Bréfritari: Malene Jensdóttir
Viðtakandi: Páll Pálsson
Dagsetning: A-1821-01-12
Skrifað á: Hallfreðarstöðum  N-Múl.

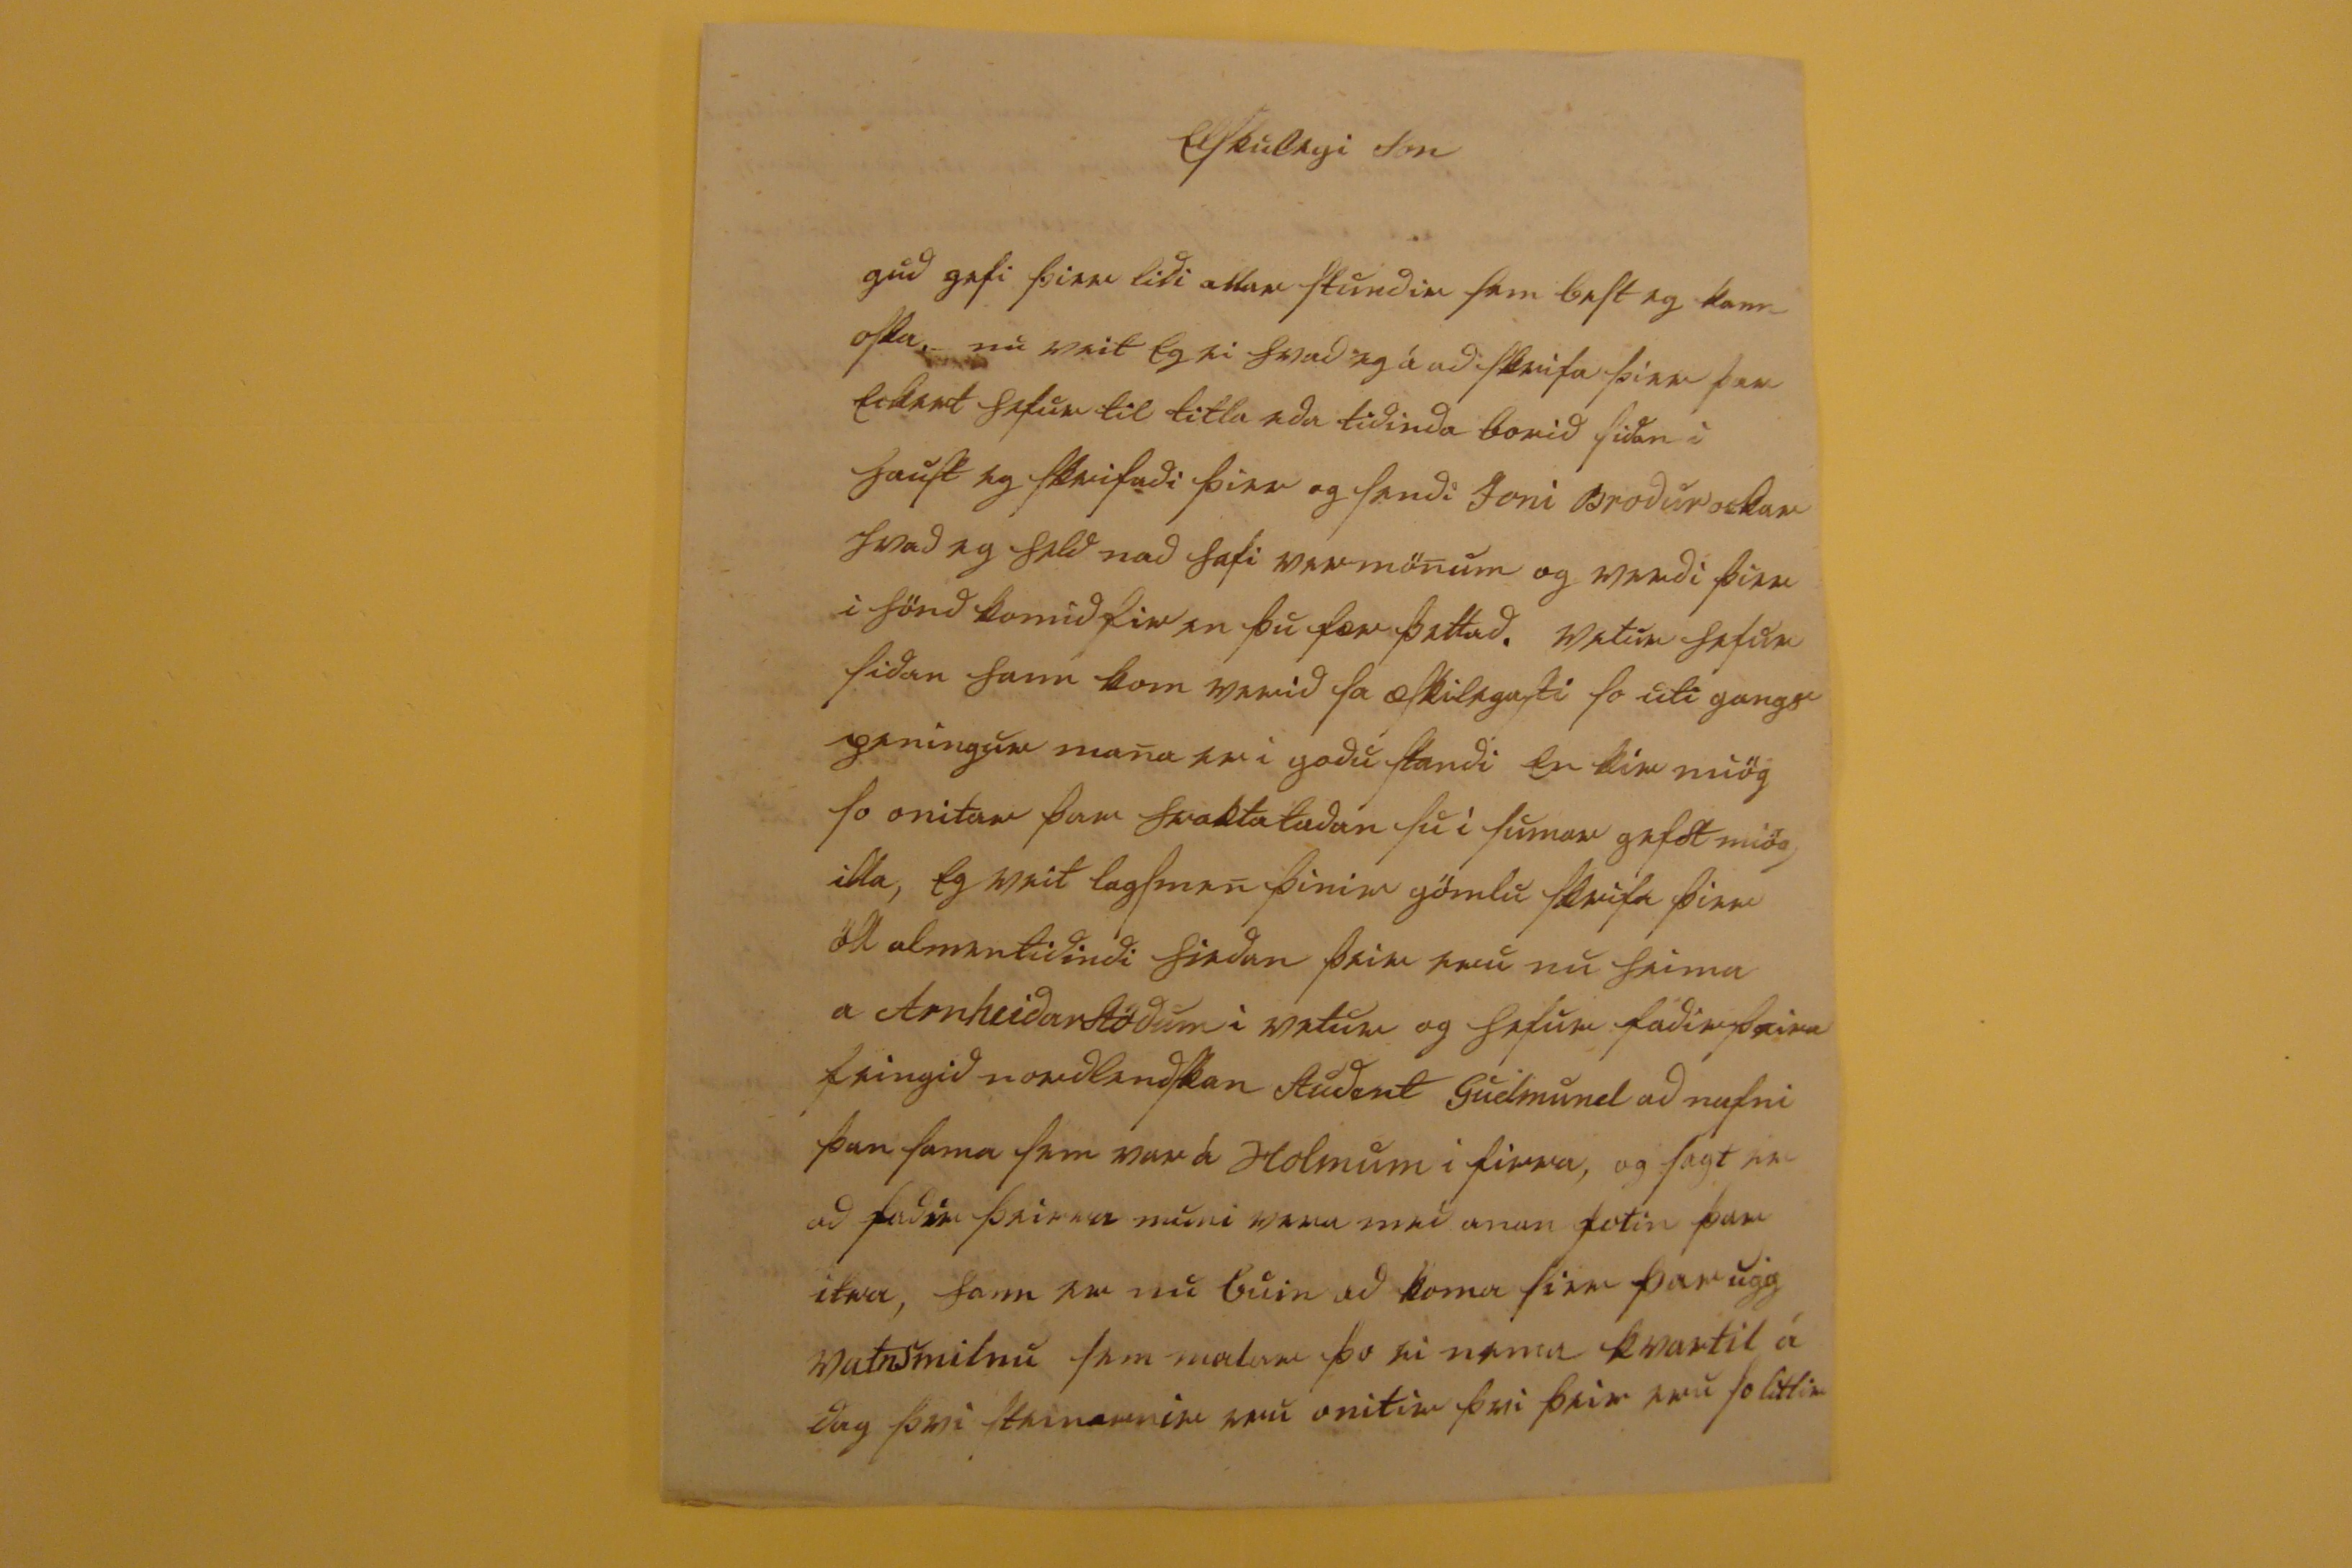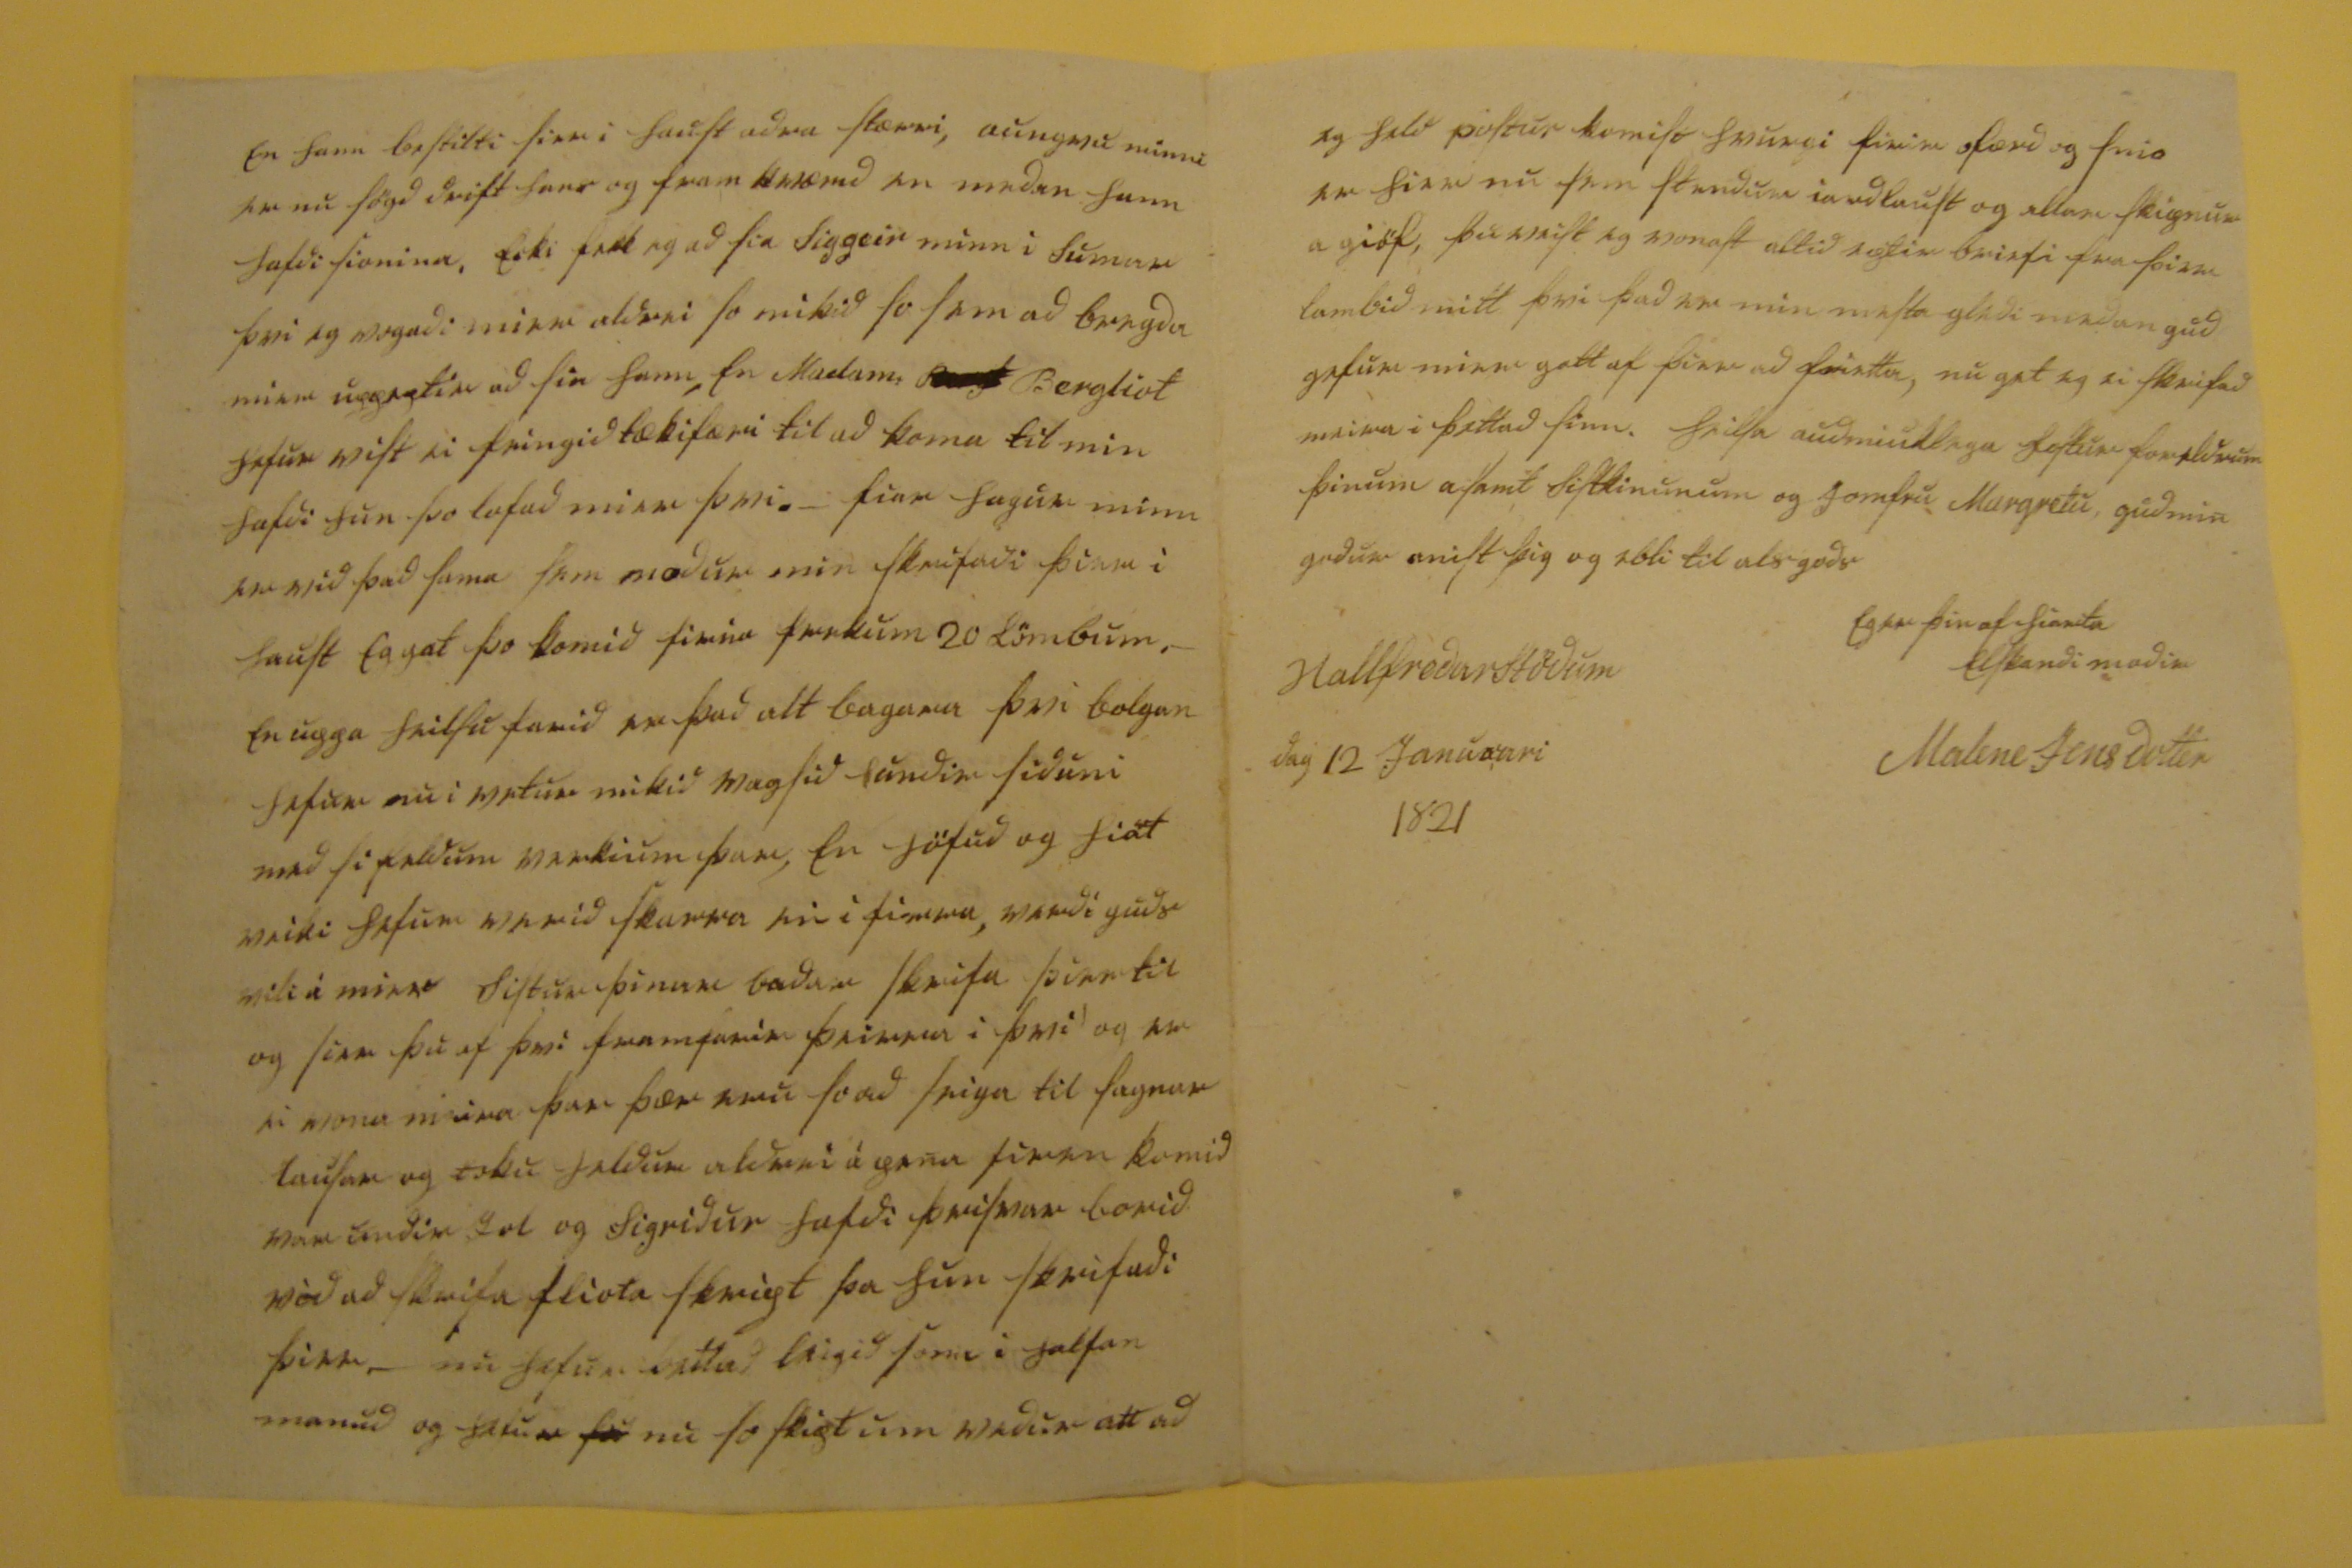

elskulegi son
guð gefi þier liði allar stundir sem best eg kann oska nu veit eg ei hvað eg á að skrifa þier þar eckert hefur til titla eða tiðinda borið siðan i haust eg skrifaði þier og sendi Joni Broður ockar hvað eg held nað hafi
varmönum
og verði þier i hönd komið fir en þu fær þettað. vetur hefur siðan hann kom verið sa æskilegasti so uti gangs peningur mana er i goðu standi en kir miög so onitar
þar 000kta00ðan
su i sumar gafst miög illa, eg veit lagsmen þinir gömlu skrifa þier öll almentiðindi hieðan þeir eru nu heima a Arnheiðarstöðum i vetur og hefur faðir þeira feingið norðlendskan Student Gudmund að nafni þan sama sem var á Holmum i firra, og sagt var að faðir þeirra muni vera með anan fotin þar itra, hann er nu buin að koma sier þar upp vatnsmilnu sem
malar
þo ei nema kvartil á dag þvi steinarnir eru onitir þvi þeir eru so litlir
en hann
bestilti
firr i haust aðra stærri, aungvu minni er nu sögð drift hans og framkvæmd en meðan hann hafði sionina, ecki fekk eg að sia Siggeir minn i sumar þvi eg vogaði mier aldrei so mikið so sem að bregða mier uppeptir að sia hann, en Madama
0000
Bergliot hefur vist ei feingið tækifæri til að koma til min hafði hun þo lofað mier þvi. - fiar hagur minn er við það sama og moður min skrifaði þier i haust eg gat þo komið firir 0000um 20 lömbum. - en uppa heilsu farið er það alt bagara þvi bolgan hefur nu i vetur mikið vagsið
undir
siðuni með sifeldum verkium þar, en höfuð og
hiat
veiki hefur verið skarra en i firra, verði guðs
vili
á mier Systur þinar baðar skrifa þier til og sier þu af þvi framfarir þeirra i þvi og er ei
vona minna
þar þær eru so að seiga til sagnar lausar og toku heldur aldrei á pena firen komið var undir Jol og Sigriður hafði þrisvar borið við að skrifa fliota skript þa hun skrifaði þeir. nu hefur þettað leigið sona i halfan manuð og hefur
00
nu so skipt um veður att að
eg held postur komist hvurgi firir ofærð og snio er hier nu sem stundum iarðlaust og allar skepnur a giöf, þu veist eg vonast altið eptir briefi fra þier lambið mitt þvi það er min mesta gleði meðan guð gefur mier gott af þier að frietta, nu get eg ei skrifað meira i þettað sinn. heilsa auðmiuklega fostur foreldrum þinum asamt sistkinunum og Jomfru Margretu, guð min goður anist þig og ebli til als goðs.
Eg er þin af hiarta eldkandi moðir
Malene Jensdottir
Hallfreðarstöðum
dag 12 Januaari 1821